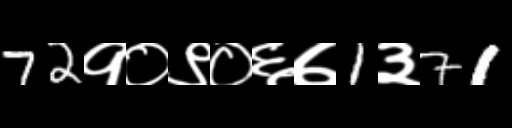
Text: 72१०९०६७1३71